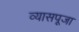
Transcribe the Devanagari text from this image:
व्यासपूजा